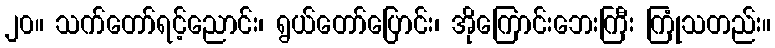
၂၀။ သက်တော်ရင့်ညောင်း၊ ရွယ်တော်ပြောင်း၊ အိုကြောင်းဘေးကြီး ကြုံသတည်း။